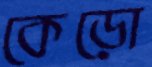
কেড়ো